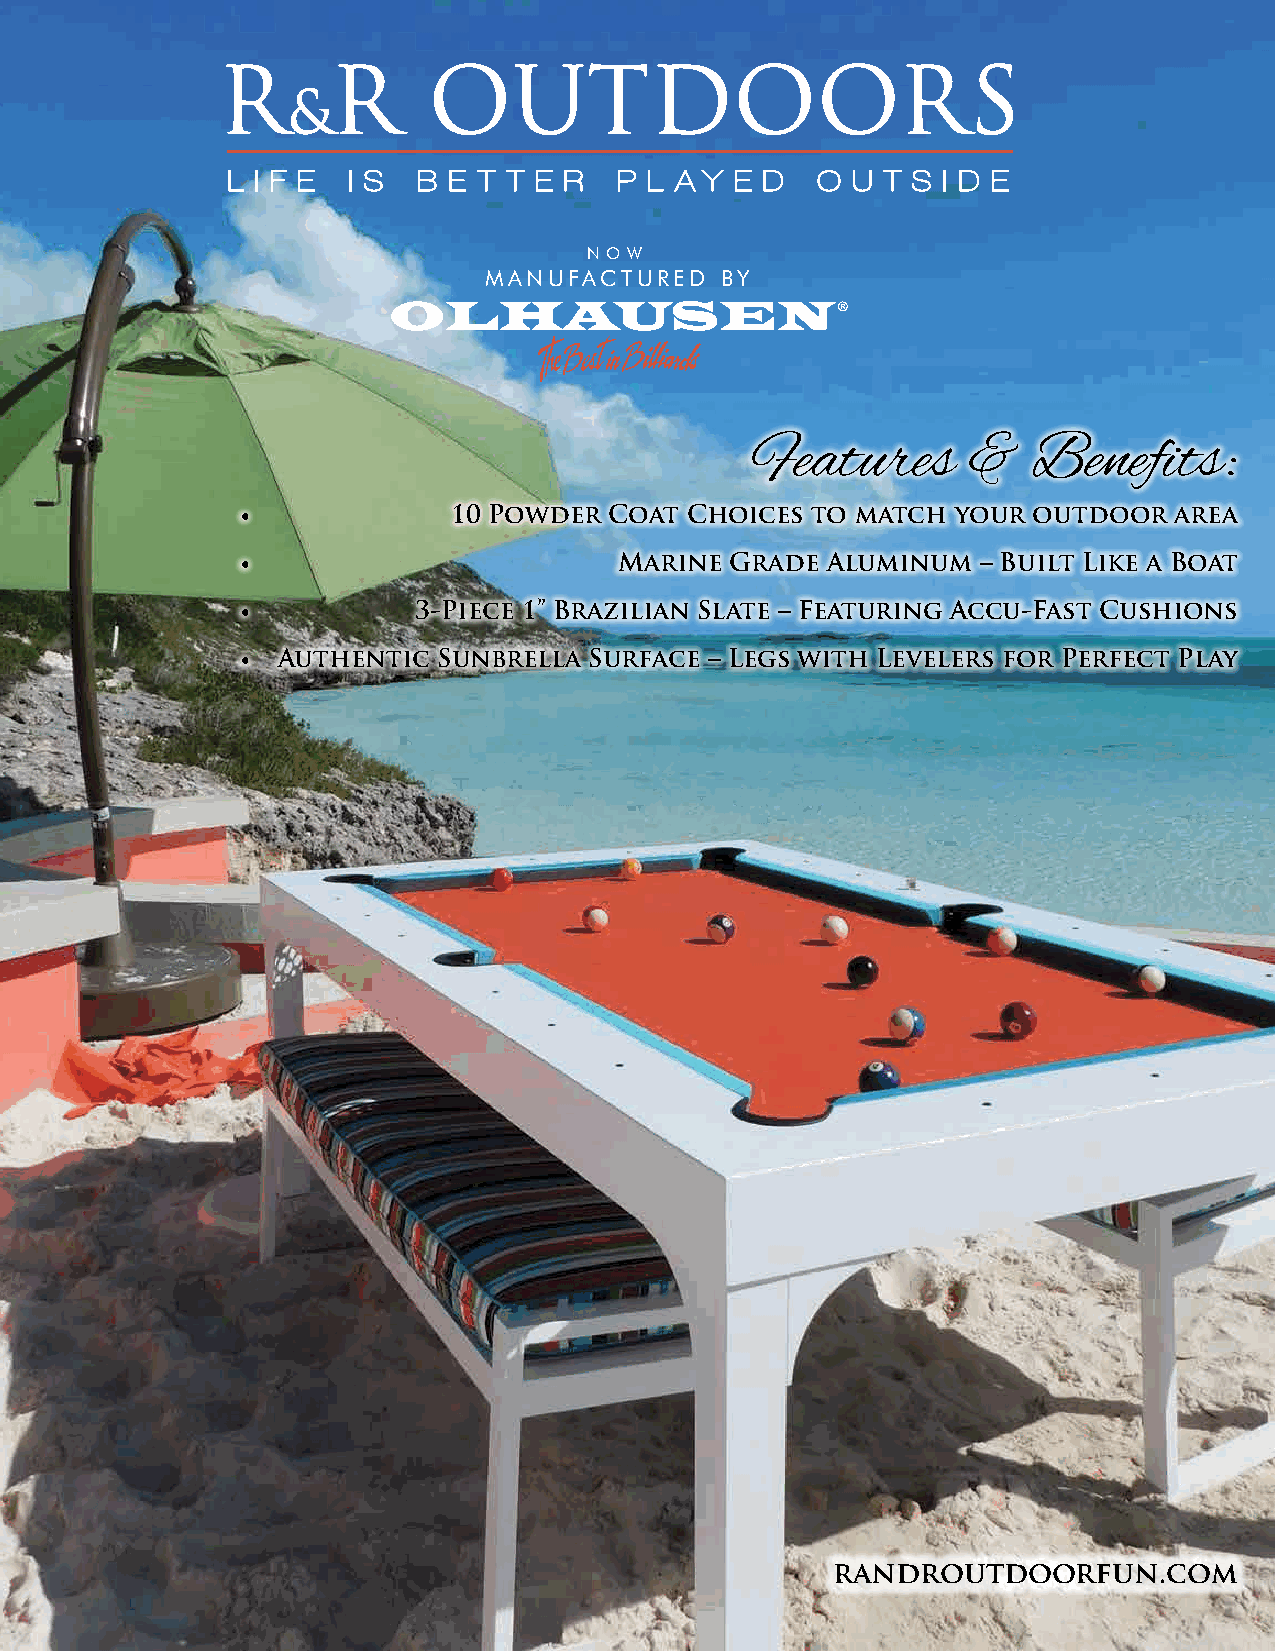
N O W
 MANUFACTURED    BY
 Features      &   Benefits:
 •             10 Powder Coat Choices  to match your outdoor   area
 •                        Marine Grade  Aluminum  – Built Like a Boat
 •           3-Piece 1” Brazilian Slate – Featuring Accu-Fast Cushions
 • Authentic  Sunbrella Surface – Legs with Levelers for Perfect Play
 randroutdoorfun.com
 2266 ©© 22002211 OOLLHHAAUUSSEENN BBIILLLLIIAARRDD MMAANNUUFFAACCTTUURRIINNGG